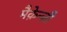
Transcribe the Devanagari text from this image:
मैक़ेन्ज़ी